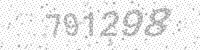
Solution: 791298